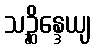
သဉ္ဆိန္ဒေယျ